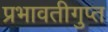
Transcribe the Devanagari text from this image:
प्रभावतीगुप्त